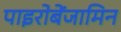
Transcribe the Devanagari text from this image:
पाइरोबेंजामिन